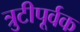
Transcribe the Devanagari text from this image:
त्रुटीपूर्वक